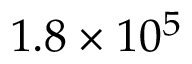
1 . 8 \times 1 0 ^ { 5 }